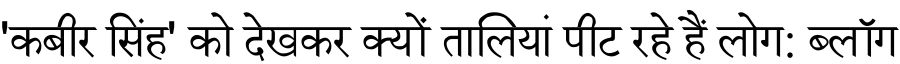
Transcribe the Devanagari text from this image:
'कबीर सिंह' को देखकर क्यों तालियां पीट रहे हैं लोग: ब्लॉग